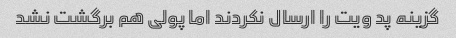
گزینه پد ویت را ارسال نکردند اما پولی هم برگشت نشد